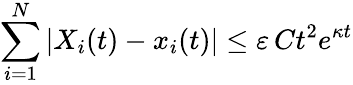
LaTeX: \sum_{i=1}^{N}|X_{i}(t)-x_{i}(t)|\leq\varepsilon\, Ct^{2}e^{\kappa t}